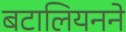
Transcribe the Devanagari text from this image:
बटालियनने